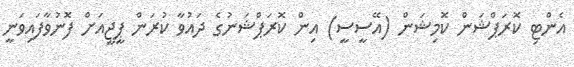
އެންޓި ކޮރަޕްޝަން ކޮމިޝަން (އޭސީސީ) އިން ކޮރަޕްޝަނުގެ ދައުވާ ކުރަން ޕީޖީއަށް ފޮނުވާފައިވަނީ